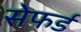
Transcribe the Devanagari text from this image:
सेफर्ड